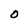
Character: O